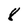
Character: 8